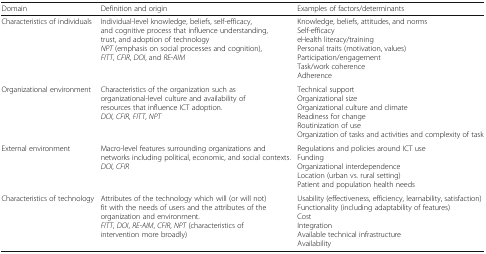
<table><thead><tr><td><b>Domain</b></td><td><b>Definition and origin</b></td><td><b>Examples of factors/determinants</b></td></tr></thead><tbody><tr><td>Characteristics of individuals</td><td>Individual-level knowledge, beliefs, self-efficacy, and cognitive process that influence understanding, trust, and adoption of technology<i>NPT</i> (emphasis on social processes and cognition), <i>FITT</i>, <i>CFIR</i>, <i>DOI</i>, and <i>RE-AIM</i></td><td>Knowledge, beliefs, attitudes, and normsSelf-efficacyeHealth literacy/trainingPersonal traits (motivation, values)Participation/engagementTask/work coherenceAdherence</td></tr><tr><td>Organizational environment</td><td>Characteristics of the organization such as organizational-level culture and availability of resources that influence ICT adoption.<i>DOI</i>, <i>CFIR</i>, <i>FITT</i>, <i>NPT</i></td><td>Technical supportOrganizational sizeOrganizational culture and climateReadiness for changeRoutinization of useOrganization of tasks and activities and complexity of task</td></tr><tr><td>External environment</td><td>Macro-level features surrounding organizations and networks including political, economic, and social contexts.<i>DOI</i>, <i>CFIR</i></td><td>Regulations and policies around ICT useFundingOrganizational interdependenceLocation (urban vs. rural setting)Patient and population health needs</td></tr><tr><td>Characteristics of technology</td><td>Attributes of the technology which will (or will not) fit with the needs of users and the attributes of the organization and environment.<i>FITT</i>, <i>DOI</i>, <i>RE-AIM</i>, <i>CFIR</i>, <i>NPT</i> (characteristics of intervention more broadly)</td><td>Usability (effectiveness, efficiency, learnability, satisfaction)Functionality (including adaptability of features)CostIntegrationAvailable technical infrastructureAvailability</td></tr></tbody></table>